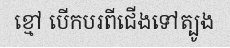
ខ្មៅ បើកបរពីជើងទៅត្បូង